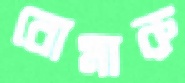
বোমারু